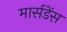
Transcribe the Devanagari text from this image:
मार्सडेंस